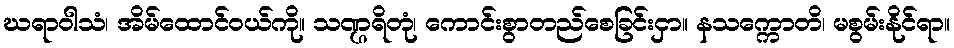
ဃရာဝါသံ၊ အိမ်ထောင်ဝယ်ကို။ သဏ္ဌရိတုံ၊ ကောင်းစွာတည်စေခြင်းငှာ။ နသက္ကောတိ၊ မစွမ်းနိုင်ရာ။